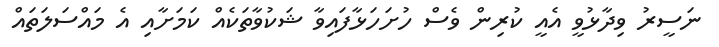
ނަސީރު ވިދާޅުވީ އެއީ ކުރިން ވެސް ހުށަހަޅާފައިވާ ޝަކުވާތަކެއް ކަމަށާއި އެ މައްސަލަތައް